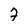
Character: 7